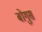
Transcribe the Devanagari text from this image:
बोगुस